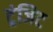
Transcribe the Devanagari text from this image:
ट्रंजिट